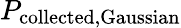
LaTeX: P_{\mathrm{collected,Gaussian}}